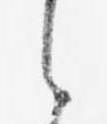
之